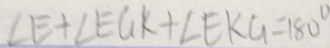
\angle E + \angle E G k + \angle E K G = 1 8 0 ^ { \circ }